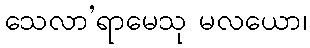
သေလာ’ရာမေသု မလယော၊